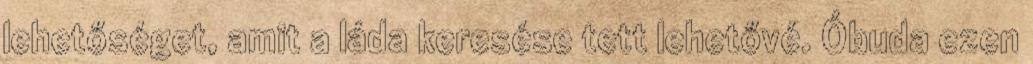
lehetőséget, amit a láda keresése tett lehetővé. Óbuda ezen